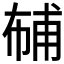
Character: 𱜮